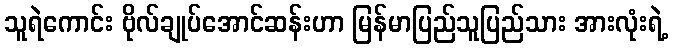
သူရဲကောင်း ဗိုလ်ချုပ်အောင်ဆန်းဟာ မြန်မာပြည်သူပြည်သား အားလုံးရဲ့